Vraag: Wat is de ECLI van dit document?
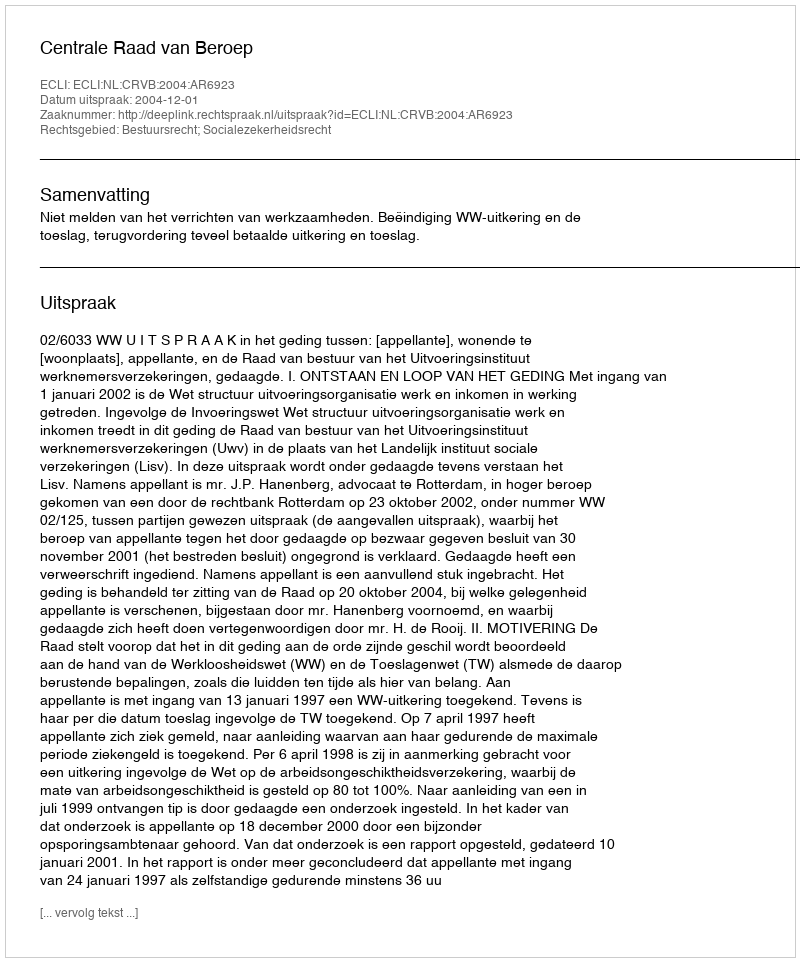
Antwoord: ECLI:NL:CRVB:2004:AR6923